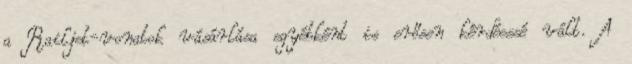
a Railjet-vonatok vásárlása egyébként is erősen kérdéessé vált. A